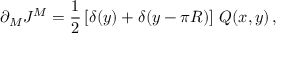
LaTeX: \partial _ { M } J ^ { M } = \frac { 1 } { 2 } \left[ \delta ( y ) + \delta ( y - \pi R ) \right] \, { \cal Q } ( x , y ) \, ,